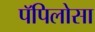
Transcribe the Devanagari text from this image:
पॅपिलोसा